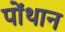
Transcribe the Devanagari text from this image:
पोंथान